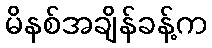
မိနစ်အချိန်ခန့်က